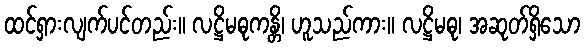
ထင်ရှားလျက်ပင်တည်း။ လဋ္ဌိမဓုကန္တိ၊ ဟူသည်ကား။ လဋ္ဌိမဓု၊ အဆုတ်ရှိသော